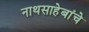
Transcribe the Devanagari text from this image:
नाथसाहेबांचे